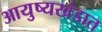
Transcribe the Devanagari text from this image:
आयुष्यखंडात